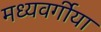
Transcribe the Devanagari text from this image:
मध्यवर्गीया